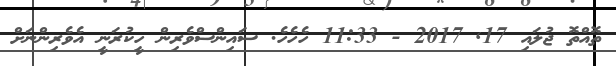
ތޮއްތޮ ޖުލައި 17